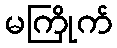
မကြိုက်